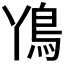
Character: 𮬨